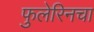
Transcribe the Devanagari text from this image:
फुलेरिनचा